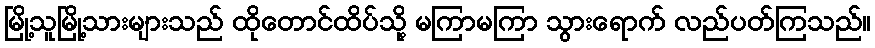
မြို့သူမြို့သားများသည် ထိုတောင်ထိပ်သို့ မကြာမကြာ သွားရောက် လည်ပတ်ကြသည်။